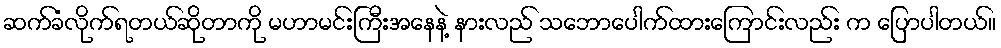
ဆက်ခံလိုက်ရတယ်ဆိုတာကို မဟာမင်းကြီးအနေနဲ့ နားလည် သဘောပေါက်ထားကြောင်းလည်း က ပြောပါတယ်။